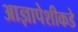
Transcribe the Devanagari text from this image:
आज्ञापेशीकडे